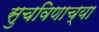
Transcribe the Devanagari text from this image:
सुचविणाच्या